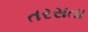
તરસતા